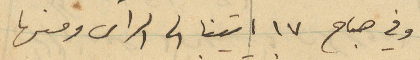
وفي صباح 17 اتينا الى الراس ومنها